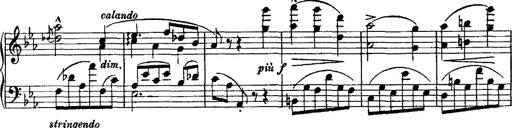
Title: Grande valse di bravura
Composer: Franz Liszt